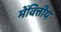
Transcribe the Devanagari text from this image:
मेंवित्तीय